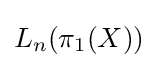
{\mathcal {}}L_{n}(\pi _{1}(X))